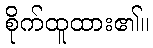
စိုက်ထူထား၏။